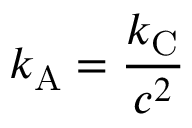
k _ { \mathrm { { A } } } = { \frac { k _ { \mathrm { { C } } } } { c ^ { 2 } } }